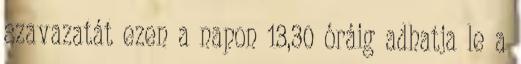
szavazatát ezen a napon 13,30 óráig adhatja le a